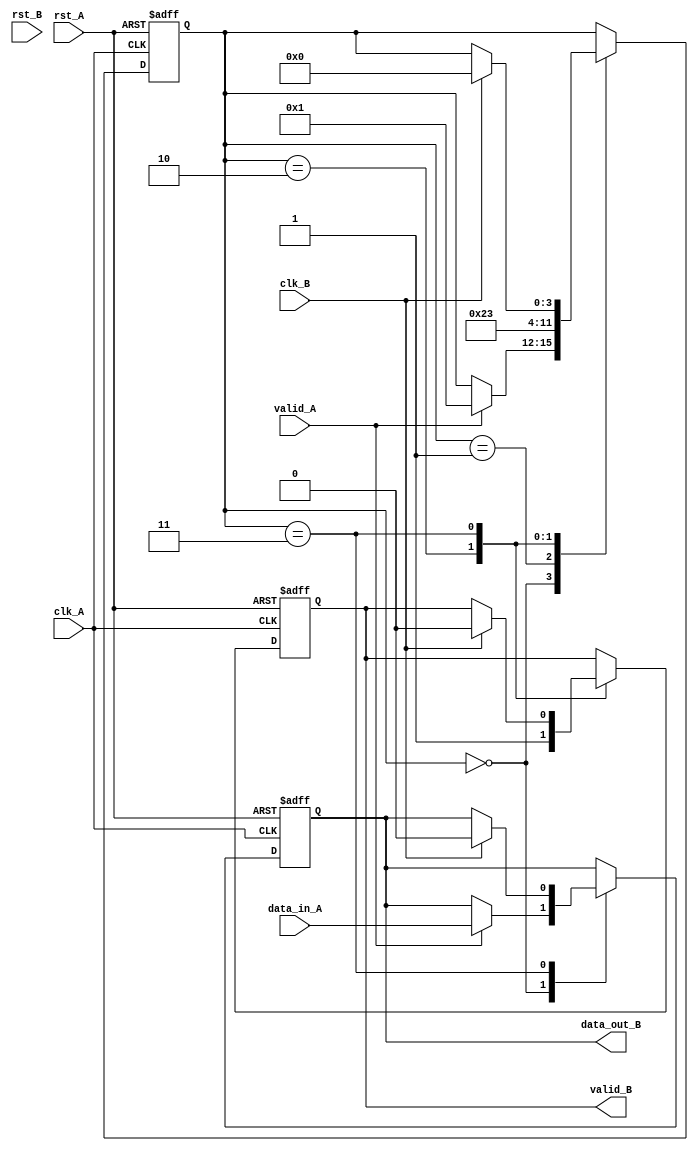
module burst_synchronizer (
    input wire clk_A,
    input wire rst_A,
    input wire data_in_A,
    input wire valid_A,
    output reg data_out_B,
    output reg valid_B,
    input wire clk_B,
    input wire rst_B
);

reg [3:0] state;

always @(posedge clk_A or posedge rst_A) begin
    if (rst_A) begin
        state <= 4'b0000;
        data_out_B <= 1'b0;
        valid_B <= 1'b0;
    end else begin
        case (state)
            4'b0000: begin
                if (valid_A) begin
                    state <= 4'b0001;
                    data_out_B <= data_in_A;
                end
            end
            4'b0001: begin
                state <= 4'b0010;
            end
            4'b0010: begin
                state <= 4'b0011;
                valid_B <= 1'b1;
            end
            4'b0011: begin
                if (clk_B) begin
                    state <= 4'b0000;
                    data_out_B <= 1'b0;
                    valid_B <= 1'b0;
                end
            end
        endcase
    end
end

endmodule